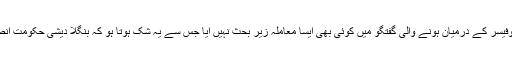
ساتھ ہی محبوب عالم کا دعویٰ ہے کہ جج اور لاء پروفیسر کے درمیان ہونے والی گفتگو میں کوئی بھی ایسا معاملہ زیر بحث نہیں آیا جس سے یہ شک ہوتا ہو کہ بنگلا دیشی حکومت انصاف کی فراہمی کے عمل پر اثر انداز ہونا چاہتی ہے۔